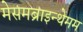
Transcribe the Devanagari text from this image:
मेसमब्राइन्थेमम